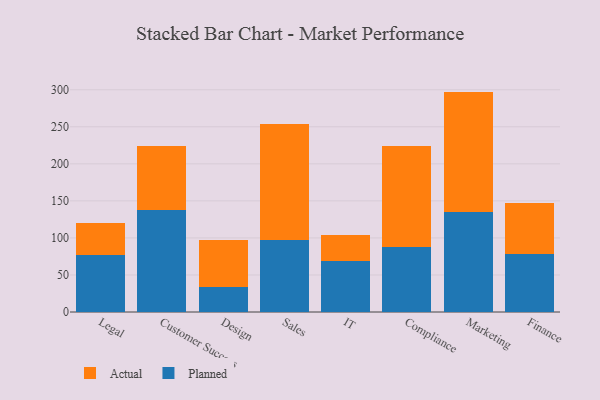
{"axis": {"x": "Department", "y": "Operating Costs (USD K)"}, "legend": ["Actual", "Planned"], "data": [{"x": "Legal", "y": 76.7, "type": "Planned"}, {"x": "Legal", "y": 43.1, "type": "Actual"}, {"x": "Customer Success", "y": 137.3, "type": "Planned"}, {"x": "Customer Success", "y": 86.9, "type": "Actual"}, {"x": "Design", "y": 34.4, "type": "Planned"}, {"x": "Design", "y": 62.9, "type": "Actual"}, {"x": "Sales", "y": 97.1, "type": "Planned"}, {"x": "Sales", "y": 156.4, "type": "Actual"}, {"x": "IT", "y": 69.5, "type": "Planned"}, {"x": "IT", "y": 34.2, "type": "Actual"}, {"x": "Compliance", "y": 87.1, "type": "Planned"}, {"x": "Compliance", "y": 136.4, "type": "Actual"}, {"x": "Marketing", "y": 135.2, "type": "Planned"}, {"x": "Marketing", "y": 162.3, "type": "Actual"}, {"x": "Finance", "y": 78.9, "type": "Planned"}, {"x": "Finance", "y": 68.7, "type": "Actual"}]}